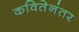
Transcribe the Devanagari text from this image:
कवितेनंतर